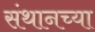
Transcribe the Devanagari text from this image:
संथानच्या